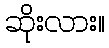
ဆိုးလား။